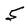
Character: 5